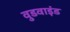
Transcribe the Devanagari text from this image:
वुडवाइंड